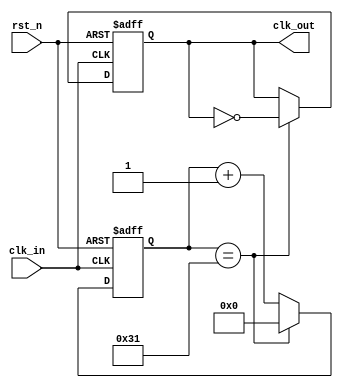
//****************************************Copyright (c)***********************************//
//www.yuanzige.com
//http://www.openedv.com/forum.php
//https://zhengdianyuanzi.tmall.com
//""ZYNQ & FPGA & STM32 & LINUX
//
//Copyright(C)  2023-2033
//All rights reserved                                  
//----------------------------------------------------------------------------------------
// File name:           clk_test
// Created by:          
// Created date:        20232314:17:02
// Version:             V1.0
// Descriptions:        clk_test
//
//----------------------------------------------------------------------------------------
//****************************************************************************************///

module clk_test(
     input        clk_in     ,                 // 
     input        rst_n      ,                 // 

     output  reg  clk_out                      // 
);
//paramater define
parameter       DIV_N = 26'd100;
//reg define
reg [25:0] cnt;                                 // 

//*****************************************************
//**                    main code
//*****************************************************

//500KHz
always @(posedge clk_in or negedge rst_n) begin
    if(rst_n == 1'b0) begin
        cnt     <= 0;
        clk_out <= 0;
    end
    else begin
        if(cnt == DIV_N/2 - 1'b1) begin
            cnt     <= 26'd0;
            clk_out <= ~clk_out;
        end
        else
            cnt <= cnt + 1'b1;
    end
end

endmodule